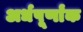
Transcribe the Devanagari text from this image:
अर्धपूर्णांक